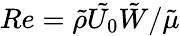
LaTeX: Re=\tilde{\rho}\tilde{U_{0}}\tilde{W}/\tilde{\mu}